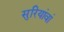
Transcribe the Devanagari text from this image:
सुरियांवां